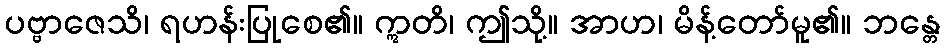
ပဗ္ဗာဇေသိ၊ ရဟန်းပြုစေ၏။ ဣတိ၊ ဤသို့။ အာဟ၊ မိန့်တော်မူ၏။ ဘန္တေ